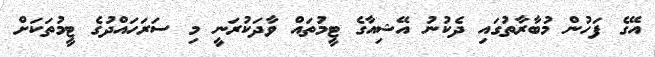
އޭގެ ފަހުން މުބާރާތުގައި ދެކުނު އޭޝިއާގެ ޓީމުތައް ވާދަކުރަނީ މި ސަރަހައްދުގެ ޓީމުތަކަށް